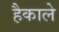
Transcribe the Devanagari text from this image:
हैकाले